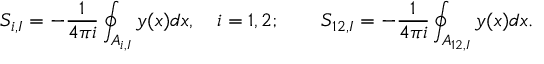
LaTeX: S _ { i , I } = - \frac { 1 } { 4 \pi i } \oint _ { A _ { i , I } } y ( x ) d x , \quad i = 1 , 2 ; \qquad S _ { 1 2 , I } = - \frac { 1 } { 4 \pi i } \oint _ { A _ { 1 2 , I } } y ( x ) d x .